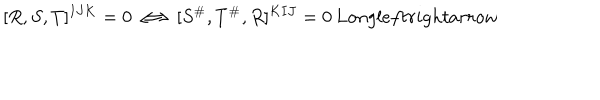
LaTeX: [ R , S , T ] ^ { I J K } = 0 \Longleftrightarrow [ S ^ { \# } , T ^ { \# } , R ] ^ { K I J } = 0 \, L o n g l e f t r i g h t a r r o w